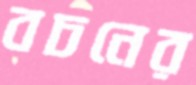
বচনের